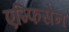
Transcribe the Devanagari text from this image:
एम्फिसेन